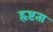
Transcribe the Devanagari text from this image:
हृष्टता